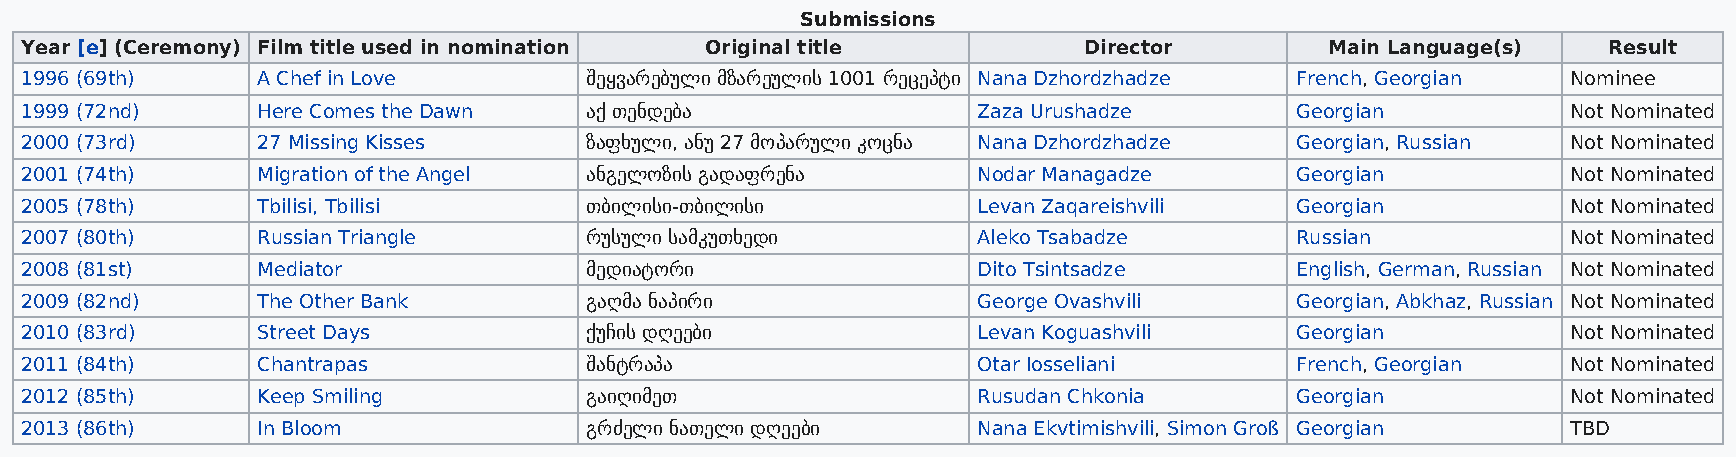
Submissions
 Year [e] (Ceremony) Film title used in nomination Original title       Director        Main Language(s)  Result
 1996 (69th)     A Chef in Love        შეყვარებული მზარეულის 1001 რეცეპტი Nana Dzhordzhadze French, Georgian Nominee
 1999 (72nd)     Here Comes the Dawn   აქ თენდება                Zaza Urushadze       Georgian          Not Nominated
 2000 (73rd)     27 Missing Kisses     ზაფხული, ანუ 27 მოპარული კოცნა Nana Dzhordzhadze Georgian, Russian Not Nominated
 2001 (74th)     Migration of the Angel ანგელოზის გადაფრენა      Nodar Managadze      Georgian          Not Nominated
 2005 (78th)     Tbilisi, Tbilisi      თბილისი-თბილისი           Levan Zaqareishvili  Georgian          Not Nominated
 2007 (80th)     Russian Triangle      რუსული სამკუთხედი         Aleko Tsabadze       Russian           Not Nominated
 2008 (81st)     Mediator              მედიატორი                 Dito Tsintsadze      English, German, Russian Not Nominated
 2009 (82nd)     The Other Bank        გაღმა ნაპირი              George Ovashvili     Georgian, Abkhaz, Russian Not Nominated
 2010 (83rd)     Street Days           ქუჩის დღეები              Levan Koguashvili    Georgian          Not Nominated
 2011 (84th)     Chantrapas            შანტრაპა                  Otar Iosseliani      French, Georgian  Not Nominated
 2012 (85th)     Keep Smiling          გაიღიმეთ                  Rusudan Chkonia      Georgian          Not Nominated
 2013 (86th)     In Bloom              გრძელი ნათელი დღეები      Nana Ekvtimishvili, Simon Groß Georgian TBD